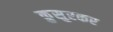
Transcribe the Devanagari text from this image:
कुसुरकर